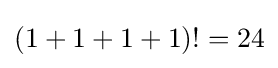
(1+1+1+1)!=24